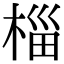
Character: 椔